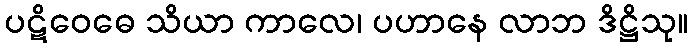
ပဋိဝေဓေ သိယာ ကာလေ၊ ပဟာနေ လာဘ ဒိဋ္ဌိသု။